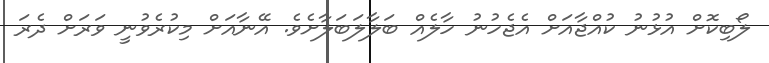
ލޯބިކޮށް އުޅުނު ކުއްޖާއަށް އެޖެހުނު ހާލެއް ބަލާލަބަލާށެވެ. އޭނާއަށް މިކުރެވުނީ ވަރަށް ދެރަ